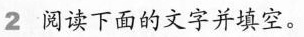
2.阅读下面的文字并填空。